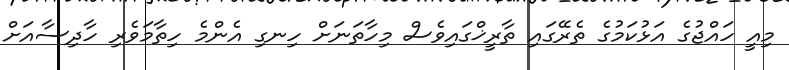
މިއީ ހައްޖުގެ އަޅުކަމުގެ ތެރޭގައި ތާރީޚްގައިވެސް މިހާތަނަށް ހިނގި އެންމެ ހިތާމަވެރި ހާދިސާއަށް